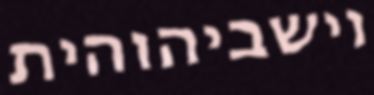
וישביהוהית